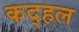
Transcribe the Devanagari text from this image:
कद्हल